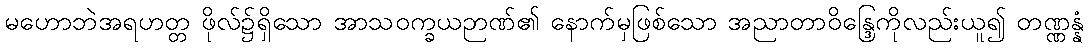
မဟောဘဲအရဟတ္တ ဖိုလ်၌ရှိသော အာသဝက္ခယဉာဏ်၏ နောက်မှဖြစ်သော အညာတာဝိန္ဒြေကိုလည်းယူ၍ တဏ္ဏန္နံ